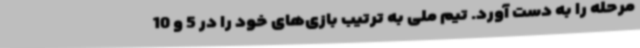
مرحله را به دست آورد. تیم ملی به ترتیب بازی‌های خود را در 5 و 10